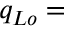
q _ { L o } =